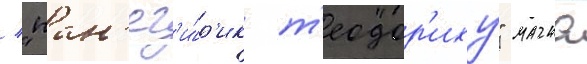
/ "пан'ег'и́р'ик т'еодор'иху" магна